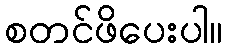
စတင်ဖိပေးပါ။